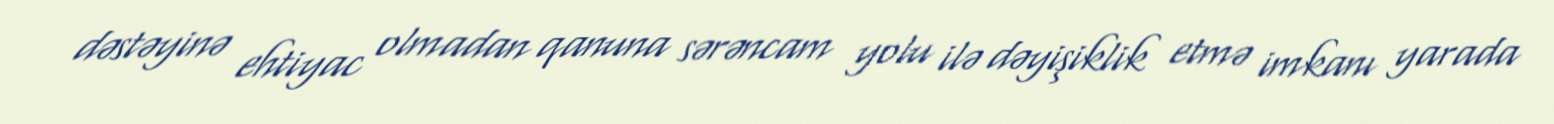
dəstəyinə ehtiyac olmadan qanuna sərəncam yolu ilə dəyişiklik etmə imkanı yarada